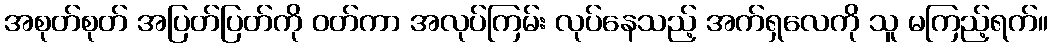
အစုတ်စုတ် အပြတ်ပြတ်ကို ဝတ်ကာ အလုပ်ကြမ်း လုပ်နေသည့် အက်ရှလေကို သူ မကြည့်ရက်။